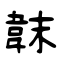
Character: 韎